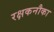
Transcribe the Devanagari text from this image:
रक्षकनौका